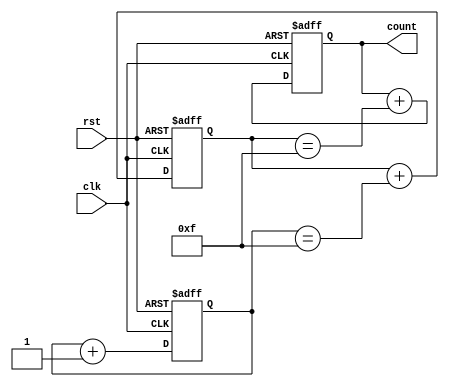
module cascaded_counter(
  input wire clk,
  input wire rst,
  output wire [3:0] count
);

reg [3:0] count1;
reg [3:0] count2;
reg [3:0] count3;

always @(posedge clk or posedge rst) begin
  if (rst) begin
    count1 <= 4'b0000;
    count2 <= 4'b0000;
    count3 <= 4'b0000;
  end else begin
    count1 <= count1 + 4'b0001;
    count2 <= count2 + (count1 == 4'b1111);
    count3 <= count3 + (count2 == 4'b1111);
  end
end

assign count = count3;

endmodule